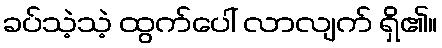
ခပ်သဲ့သဲ့ ထွက်ပေါ် လာလျက် ရှိ၏။